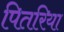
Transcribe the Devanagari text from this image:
पितरिया